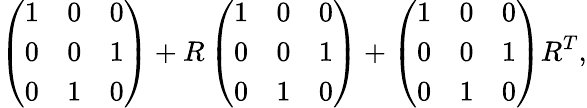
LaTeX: \left(\begin{array}{lll}{{1}}&{{0}}&{{0}}\\ {{0}}&{{0}}&{{1}}\\ {{0}}&{{1}}&{{0}}\end{array}\right)+R\left(\begin{array}{lll}{{1}}&{{0}}&{{0}}\\ {{0}}&{{0}}&{{1}}\\ {{0}}&{{1}}&{{0}}\end{array}\right)+\left(\begin{array}{lll}{{1}}&{{0}}&{{0}}\\ {{0}}&{{0}}&{{1}}\\ {{0}}&{{1}}&{{0}}\end{array}\right)R^{T},